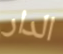
الدار